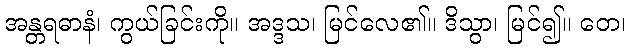
အန္တရဓာနံ၊ ကွယ်ခြင်းကို။ အဒ္ဒသ၊ မြင်လေ၏။ ဒိသွာ၊ မြင်၍။ တေ၊